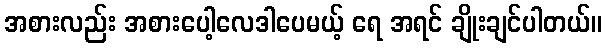
အစားလည်း အစားပေါ့လေဒါပေမယ့် ရေ အရင် ချိုးချင်ပါတယ်။